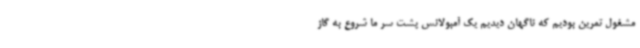
مشغول تمرین بودیم که ناگهان دیدیم یک آمبولانس پشت سر ما شروع به گاز